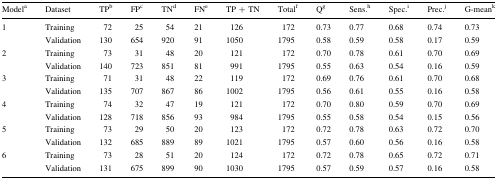
<table><thead><tr><td><b>Model<sup>a</sup></b></td><td><b>Dataset</b></td><td><b>TP<sup>b</sup></b></td><td><b>FP<sup>c</sup></b></td><td><b>TN<sup>d</sup></b></td><td><b>FN<sup>e</sup></b></td><td><b>TP + TN</b></td><td><b>Total<sup>f</sup></b></td><td><b>Q<sup>g</sup></b></td><td><b>Sens.<sup>h</sup></b></td><td><b>Spec.<sup>i</sup></b></td><td><b>Prec.<sup>j</sup></b></td><td><b>G-mean<sup>k</sup></b></td></tr></thead><tbody><tr><td>1</td><td>Training</td><td>72</td><td>25</td><td>54</td><td>21</td><td>126</td><td>172</td><td>0.73</td><td>0.77</td><td>0.68</td><td>0.74</td><td>0.73</td></tr><tr><td></td><td>Validation</td><td>130</td><td>654</td><td>920</td><td>91</td><td>1050</td><td>1795</td><td>0.58</td><td>0.59</td><td>0.58</td><td>0.17</td><td>0.59</td></tr><tr><td>2</td><td>Training</td><td>73</td><td>31</td><td>48</td><td>20</td><td>121</td><td>172</td><td>0.70</td><td>0.78</td><td>0.61</td><td>0.70</td><td>0.69</td></tr><tr><td></td><td>Validation</td><td>140</td><td>723</td><td>851</td><td>81</td><td>991</td><td>1795</td><td>0.55</td><td>0.63</td><td>0.54</td><td>0.16</td><td>0.59</td></tr><tr><td>3</td><td>Training</td><td>71</td><td>31</td><td>48</td><td>22</td><td>119</td><td>172</td><td>0.69</td><td>0.76</td><td>0.61</td><td>0.70</td><td>0.68</td></tr><tr><td></td><td>Validation</td><td>135</td><td>707</td><td>867</td><td>86</td><td>1002</td><td>1795</td><td>0.56</td><td>0.61</td><td>0.55</td><td>0.16</td><td>0.58</td></tr><tr><td>4</td><td>Training</td><td>74</td><td>32</td><td>47</td><td>19</td><td>121</td><td>172</td><td>0.70</td><td>0.80</td><td>0.59</td><td>0.70</td><td>0.69</td></tr><tr><td></td><td>Validation</td><td>128</td><td>718</td><td>856</td><td>93</td><td>984</td><td>1795</td><td>0.55</td><td>0.58</td><td>0.54</td><td>0.15</td><td>0.56</td></tr><tr><td>5</td><td>Training</td><td>73</td><td>29</td><td>50</td><td>20</td><td>123</td><td>172</td><td>0.72</td><td>0.78</td><td>0.63</td><td>0.72</td><td>0.70</td></tr><tr><td></td><td>Validation</td><td>132</td><td>685</td><td>889</td><td>89</td><td>1021</td><td>1795</td><td>0.57</td><td>0.60</td><td>0.56</td><td>0.16</td><td>0.58</td></tr><tr><td>6</td><td>Training</td><td>73</td><td>28</td><td>51</td><td>20</td><td>124</td><td>172</td><td>0.72</td><td>0.78</td><td>0.65</td><td>0.72</td><td>0.71</td></tr><tr><td></td><td>Validation</td><td>131</td><td>675</td><td>899</td><td>90</td><td>1030</td><td>1795</td><td>0.57</td><td>0.59</td><td>0.57</td><td>0.16</td><td>0.58</td></tr></tbody></table>